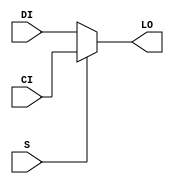
// $Header: /devl/xcs/repo/env/Databases/CAEInterfaces/xec_libs/data/unisims/MUXCY_L.v,v 1.1 2005/05/10 01:20:06 wloo Exp $

/*

FUNCTION	: 2 to 1 Multiplexer for Carry Logic

*/

`celldefine
`timescale  100 ps / 10 ps

module MUXCY_L (LO, CI, DI, S);

    output LO;
    reg    lo_out;

    input  CI, DI, S;

    buf B1 (LO, lo_out);

	always @(CI or DI or S) begin
	    if (S)
		lo_out <= CI;
	    else
		lo_out <= DI;
	end

endmodule